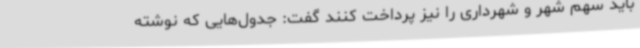
باید سهم شهر و شهرداری را نیز پرداخت کنند گفت: جدول‌هایی که نوشته